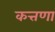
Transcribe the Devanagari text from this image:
कत्तणा